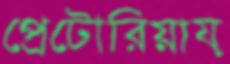
প্রেটোরিয়ায়